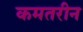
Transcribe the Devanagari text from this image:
कमतरीन